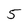
Character: 5